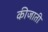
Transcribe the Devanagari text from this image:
कीजाती